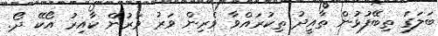
ބަލަގަ ތިބޭފުޅުން ތާއީދު ތިކުރައްވާ ވެރިން ވަރު ވަރުން ކާއިރު އޯކޭ ދޯ.